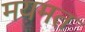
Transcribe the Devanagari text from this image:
मयमत